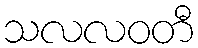
သလလဝတီ